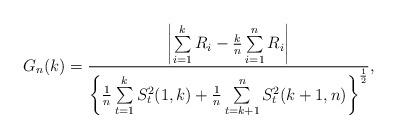
LaTeX: \begin{align*}G_n(k)=\frac{\left|\sum\limits_{i=1}^kR_i-\frac{k}{n}\sum\limits_{i=1}^nR_i\right|}{\left\{\frac{1}{n}\sum\limits_{t=1}^k S_t^2(1,k)+\frac{1}{n}\sum\limits_{t=k+1}^n S_t^2(k+1,n)\right\}^{\frac{1}{2}}}, \end{align*}